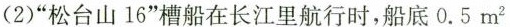
(2)”松台山16”槽船在长江里航行时，船底0.5m^{2}